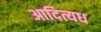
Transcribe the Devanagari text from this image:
आदित्यध